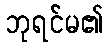
ဘုရင်မ၏